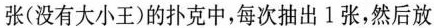
张(没有大小王)的扑克中，每次抽出l张，然后放